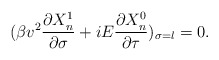
\begin{align*}(\beta v^{2}\frac{\partial X_{n}^{1}}{\partial\sigma}+iE\frac{\partial X_{n}^{0}}{\partial \tau})_{\sigma=l}=0.\end{align*}